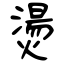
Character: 燙